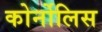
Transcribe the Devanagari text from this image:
कोर्नोलिस